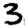
Digit: 3